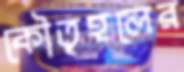
কৌতূহলের